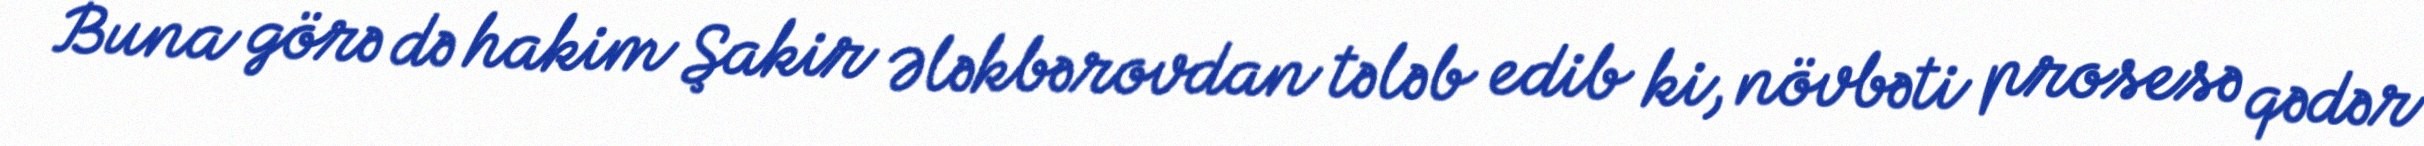
Buna görə də hakim Şakir Ələkbərovdan tələb edib ki, növbəti prosesə qədər